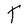
Character: T